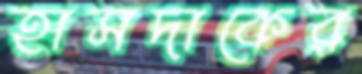
হাসদাকের